Juvenile offences, 1941
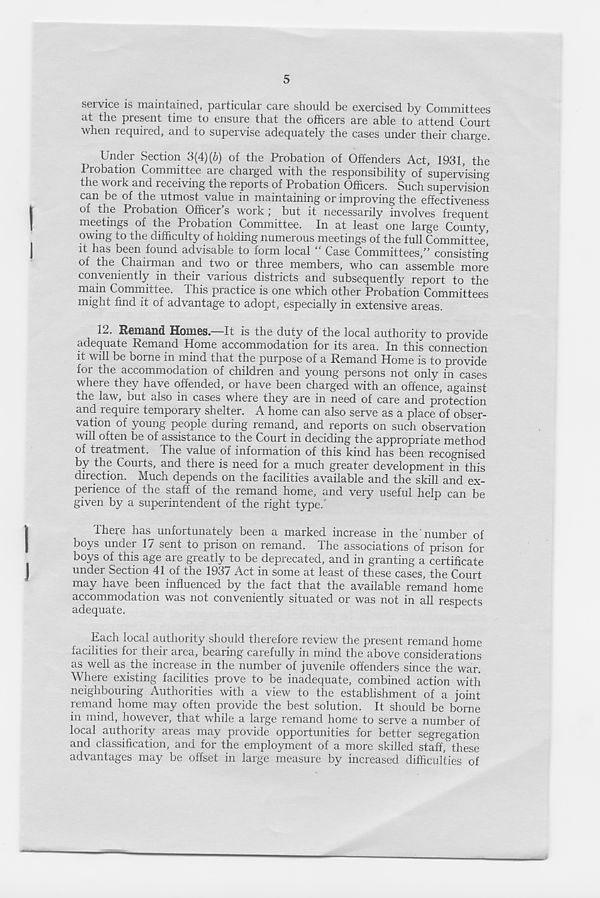
5
service is maintained, particular care should be exercised by Committees
at the present time to ensure that the officers are able to attend Court
when required, and to supervise adequately the cases under their charge.
Under Section 3(4) (6) of the Probation of Offenders Act, 1931, the
1 xobation Committee are chaiged with the responsibility of supervising
the work and receiving the reports of Probation Officers. Such supervision
can be of the utmost value in maintaining or improving the effectiveness
of the Probation Officer s work , but it necessarily involves frequent
meetings of the Probation Committee. In at least one large County,
owing to the difficulty of holding numerous meetings of the full Committee,
it has been found advisable to form local “ Case Committees,” consisting
of the Chairman and two or three members, who can assemble more
conveniently in their various districts and subsequently report to the
main Committee. 4 his practice is one which other Probation Committees
might find it of advantage to adopt, especially in extensive areas.
12. Remand Homes.—It is the duty of the local authority to provide
adequate Remand Home accommodation for its area. In this connection
it will be borne in mind that the purpose of a Remand Home is to provide
for the accommodation of children and young persons not only in cases
where they have offended, or have been charged with an offence, against
the law, but also in cases where they are in need of care and protection
and require temporary shelter. A home can also serve as a place of obser-
vation of young people during remand, and reports on such observation
will often be of assistance to the Court in deciding the appropriate method
of treatment. The value of information of this kind has been recognised
by the Courts, and there is need for a much greater development in this
direction. Much depends on the facilities available and the skill and ex-
perience of the staff of the remand home, and very useful help can be
given by a superintendent of the right type.
There has unfortunately been a marked increase in the number of
boys under 17 sent to prison on remand. The associations of prison for
boys of this age aie gieatly to be deprecated, and in granting a certificate
under Section 41 of the 1937 Act in some at least of these cases, the Court
may have been influenced by the fact that the available remand home
accommodation was not conveniently situated or was not in all respects
adequate.
Each local authority should therefore review the present remand home
facilities for their area, bearing carefully in mind the above considerations
as well as the increase in the number of juvenile offenders since the war.
Where existing facilities prove to be inadequate, combined action with
neighbouring Authorities with a view to the establishment of a joint
remand home may often provide the best solution. It should be borne
in mind, however, that while a large remand home to serve a number of
local authority areas may provide opportunities for better segregation
and classification, and for the employment of a more skilled staff, these
advantages may be offset in large measure by increased difficulties of